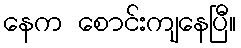
နေက စောင်းကျနေပြီ။